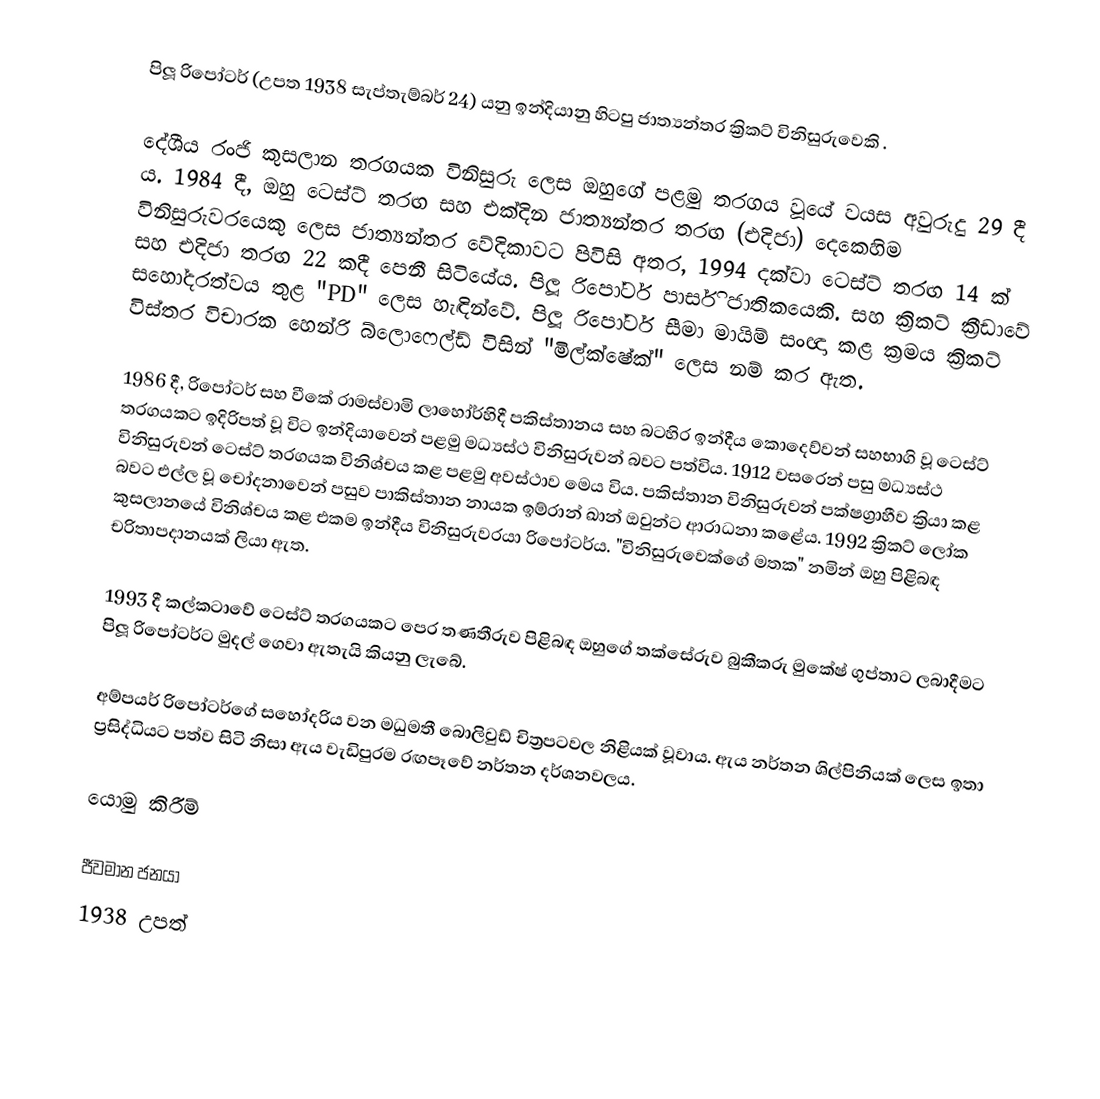
පිලූ රිපෝටර් (උපත 1938 සැප්තැම්බර් 24) යනු ඉන්දියානු හිටපු ජාත්‍යන්තර ක්‍රිකට් විනිසුරුවෙකි .

දේශීය රංජි කුසලාන තරගයක විනිසුරු ලෙස ඔහුගේ පළමු තරගය වූයේ වයස අවුරුදු 29 දී ය. 1984 දී, ඔහු ටෙස්ට් තරඟ සහ එක්දින ජාත්‍යන්තර තරඟ (එදිජා) දෙකෙහිම විනිසුරුවරයෙකු ලෙස ජාත්‍යන්තර වේදිකාවට පිවිසි අතර, 1994 දක්වා ටෙස්ට් තරඟ 14 ක් සහ එදිජා තරඟ 22 කදී පෙනී සිටියේය. පිලූ රිපෝටර් පාර්සි ජාතිකයෙකි. සහ ක්‍රිකට් ක්‍රීඩාවේ සහෝදරත්වය තුළ "PD" ලෙස හැඳින්වේ. පිලූ රිපෝටර් සීමා මායිම් සංඥා කළ ක්‍රමය ක්‍රිකට් විස්තර විචාරක හෙන්රි බ්ලොෆෙල්ඩ් විසින් "මිල්ක්ෂේක්" ලෙස නම් කර ඇත.

1986 දී, රිපෝටර් සහ වීකේ රාමස්වාමි ලාහෝර්හිදී පකිස්තානය සහ බටහිර ඉන්දීය කොදෙව්වන් සහභාගි වූ ටෙස්ට් තරගයකට ඉදිරිපත් වූ විට ඉන්දියාවෙන් පළමු මධ්‍යස්ථ විනිසුරුවන් බවට පත්විය. 1912 වසරෙන් පසු මධ්‍යස්ථ විනිසුරුවන් ටෙස්ට් තරගයක විනිශ්චය කළ පළමු අවස්ථාව මෙය විය. පකිස්තාන විනිසුරුවන් පක්ෂග්‍රාහීව ක්‍රියා කළ බවට එල්ල වූ චෝදනාවෙන් පසුව පාකිස්තාන නායක ඉම්රාන් ඛාන් ඔවුන්ට ආරාධනා කළේය. 1992 ක්‍රිකට් ලෝක කුසලානයේ විනිශ්චය කළ එකම ඉන්දීය විනිසුරුවරයා රිපෝටර්ය. "විනිසුරුවෙක්ගේ මතක" නමින් ඔහු පිළිබඳ චරිතාපදානයක් ලියා ඇත.

1993 දී කල්කටාවේ ටෙස්ට් තරගයකට පෙර තණතීරුව පිළිබඳ ඔහුගේ තක්සේරුව බුකීකරු මුකේෂ් ගුප්තාට ලබාදීමට පිලූ රිපෝටර්ට මුදල් ගෙවා ඇතැයි කියනු ලැබේ.

අම්පයර් රිපෝටර්ගේ සහෝදරිය වන මධුමතී බොලිවුඩ් චිත්‍රපටවල නිළියක් වූවාය. ඇය නර්තන ශිල්පිනියක් ලෙස ඉතා ප්‍රසිද්ධියට පත්ව සිටි නිසා ඇය වැඩිපුරම රඟපෑවේ නර්තන දර්ශනවලය.

යොමු කිරීම්

ජීවමාන ජනයා
1938 උපත්